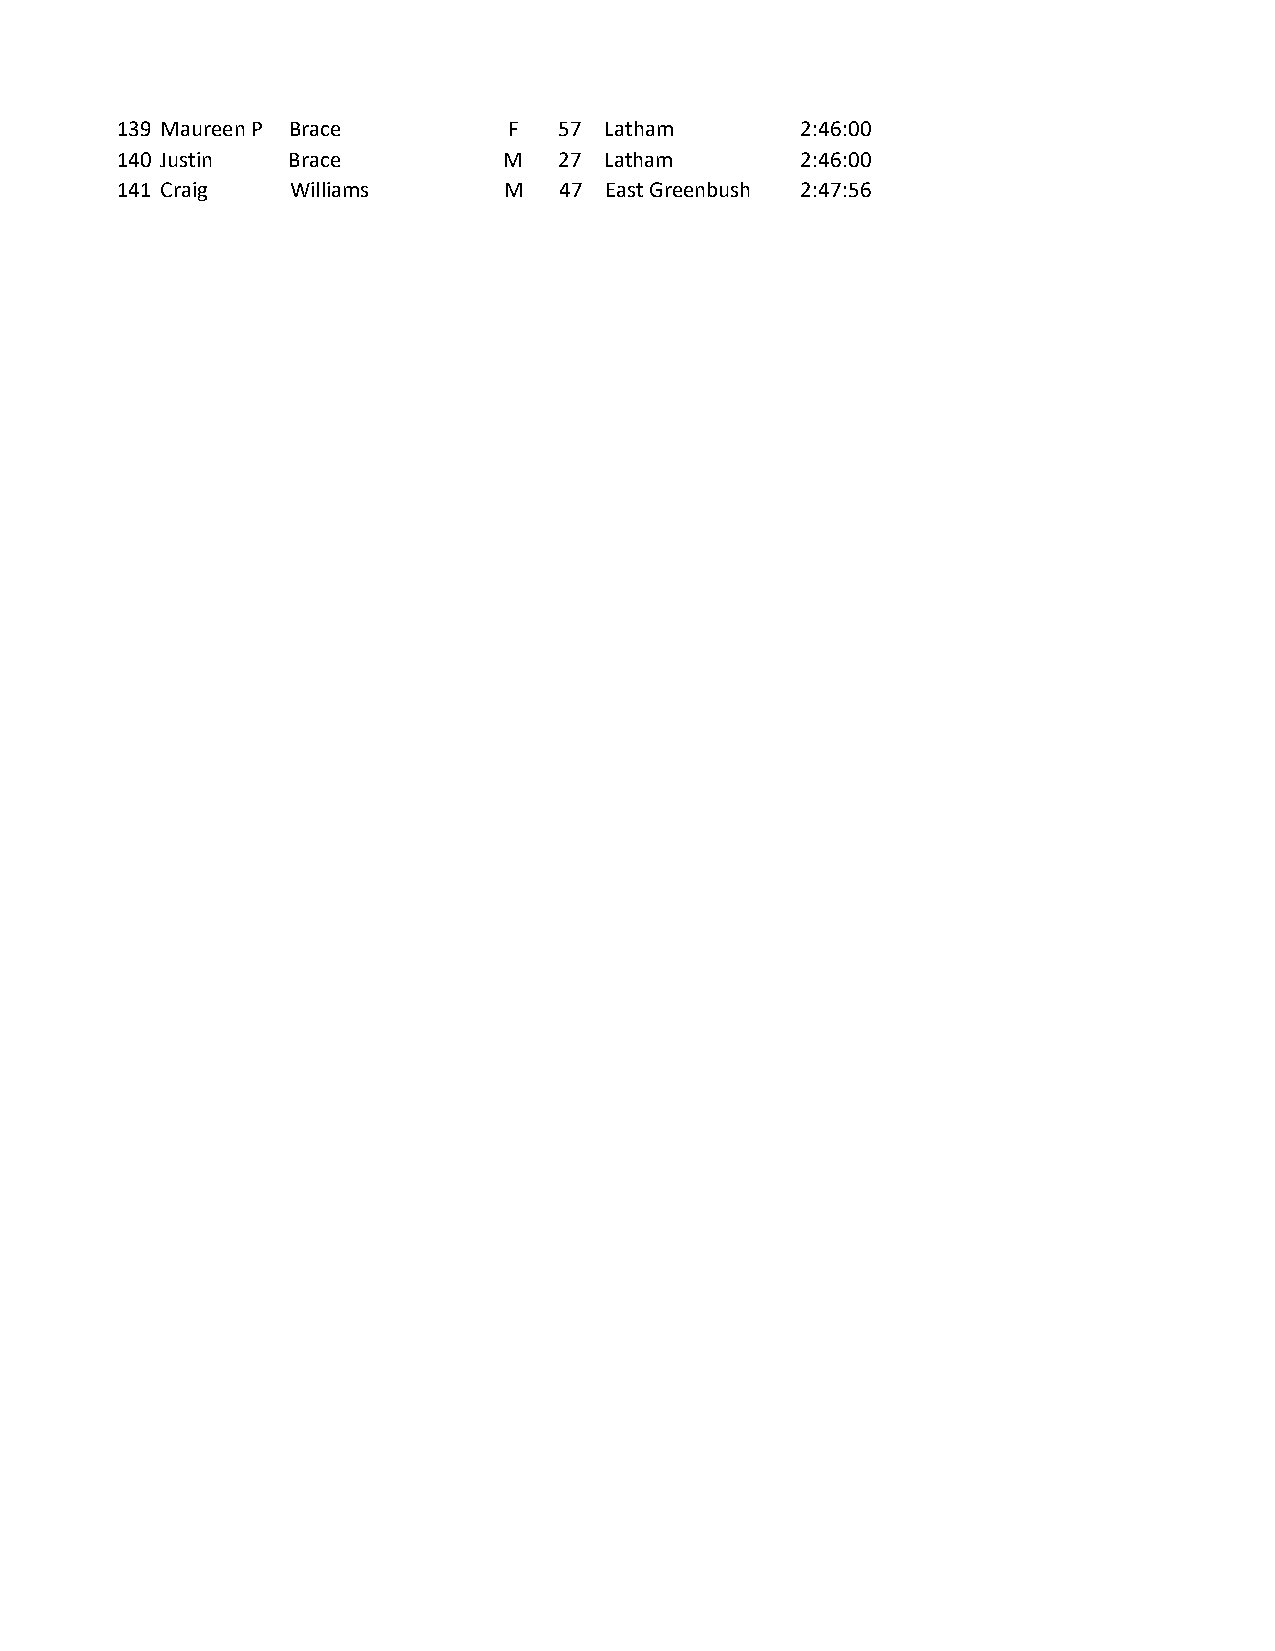
139 Maureen P Brace       F  57 Latham       2:46:00
 140 Justin Brace         M   27 Latham       2:46:00
 141 Craig  Williams      M   47 East Greenbush 2:47:56